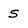
Character: S